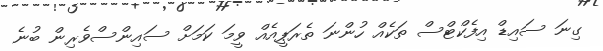
ގިނަ ސައިޑް އިފެކްޓްސް ތަކެއް ހުންނަ ތެރަޕީއެއް ވީމަ ކަމަށް ސައިންސްވެރިން ބުނެ